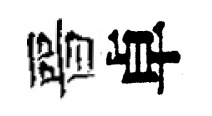
晉卓